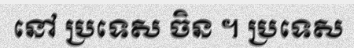
នៅ ប្រទេស ចិន ។ ប្រទេស